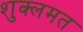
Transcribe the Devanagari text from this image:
शुक्लमत